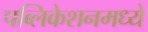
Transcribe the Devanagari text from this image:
पब्लिकेशनमध्ये